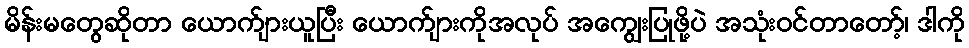
မိန်းမတွေဆိုတာ ယောက်ျားယူပြီး ယောက်ျားကိုအလုပ် အကျွေးပြုဖို့ပဲ အသုံးဝင်တာတော့်၊ ဒါကို